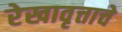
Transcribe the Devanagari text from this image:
रेखावृत्ताचे